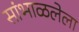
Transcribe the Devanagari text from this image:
सांभाळलेला